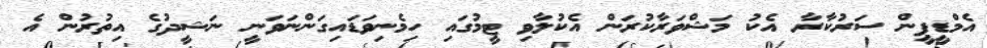
އެމްޑީޕީން ސަރުކާރާ އެކު މަޝްވަރާކުރަން އެކުލާވި ޓީމުގައި ހިމެނިވަޑައިގަންނަވަނީ ނަޝީދުގެ އިތުރުން އެ